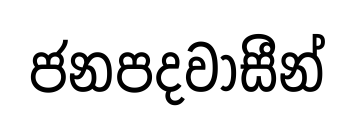
ජනපදවාසීන්